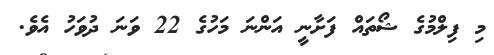
މި ފިލްމުގެ ޝޯތައް ފަށާނީ އަންނަ މަހުގެ 22 ވަނަ ދުވަހު އެވެ.